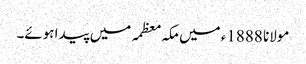
مولانا 1888ء میں مکہ معظمہ میں پیدا ہوئے۔